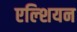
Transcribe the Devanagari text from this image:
एल्शियन